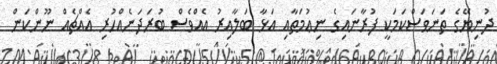
ދުނިޔޭގެ ތަނަވަސްކަމަކީ ފުރާނައިގެ ނިޢުމަތާއި އަޅާ ބަލާއިރު އެއްވެސް ބުރަދަނެއްހުރި އެއްޗެއް ނޫންކަން